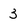
Character: 3